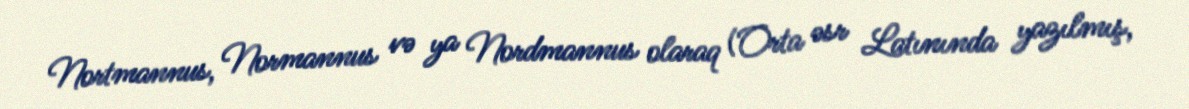
Nortmannus, Normannus və ya Nordmannus olaraq (Orta əsr Latınında yazılmış,